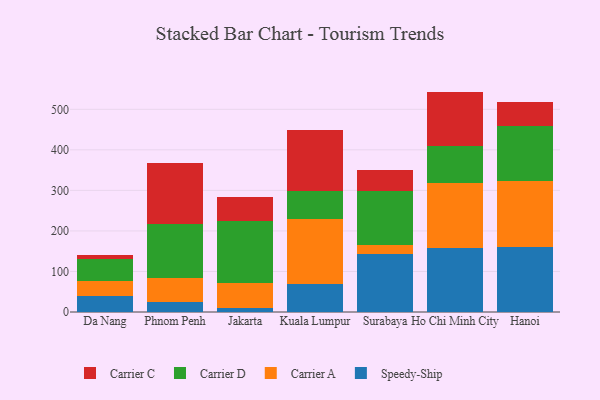
{"axis": {"x": "City", "y": "Inventory Turnover"}, "legend": ["Carrier A", "Carrier C", "Carrier D", "Speedy-Ship"], "data": [{"x": "Da Nang", "y": 40.7, "type": "Speedy-Ship"}, {"x": "Da Nang", "y": 37.0, "type": "Carrier A"}, {"x": "Da Nang", "y": 52.7, "type": "Carrier D"}, {"x": "Da Nang", "y": 9.7, "type": "Carrier C"}, {"x": "Phnom Penh", "y": 25.1, "type": "Speedy-Ship"}, {"x": "Phnom Penh", "y": 58.4, "type": "Carrier A"}, {"x": "Phnom Penh", "y": 133.2, "type": "Carrier D"}, {"x": "Phnom Penh", "y": 151.5, "type": "Carrier C"}, {"x": "Jakarta", "y": 8.8, "type": "Speedy-Ship"}, {"x": "Jakarta", "y": 63.9, "type": "Carrier A"}, {"x": "Jakarta", "y": 151.5, "type": "Carrier D"}, {"x": "Jakarta", "y": 59.1, "type": "Carrier C"}, {"x": "Kuala Lumpur", "y": 69.5, "type": "Speedy-Ship"}, {"x": "Kuala Lumpur", "y": 159.8, "type": "Carrier A"}, {"x": "Kuala Lumpur", "y": 69.6, "type": "Carrier D"}, {"x": "Kuala Lumpur", "y": 149.8, "type": "Carrier C"}, {"x": "Surabaya", "y": 144.1, "type": "Speedy-Ship"}, {"x": "Surabaya", "y": 20.6, "type": "Carrier A"}, {"x": "Surabaya", "y": 133.8, "type": "Carrier D"}, {"x": "Surabaya", "y": 51.2, "type": "Carrier C"}, {"x": "Ho Chi Minh City", "y": 158.5, "type": "Speedy-Ship"}, {"x": "Ho Chi Minh City", "y": 160.3, "type": "Carrier A"}, {"x": "Ho Chi Minh City", "y": 91.9, "type": "Carrier D"}, {"x": "Ho Chi Minh City", "y": 133.0, "type": "Carrier C"}, {"x": "Hanoi", "y": 161.2, "type": "Speedy-Ship"}, {"x": "Hanoi", "y": 162.5, "type": "Carrier A"}, {"x": "Hanoi", "y": 134.7, "type": "Carrier D"}, {"x": "Hanoi", "y": 59.9, "type": "Carrier C"}]}